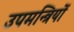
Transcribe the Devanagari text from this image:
उपमन्त्रियों